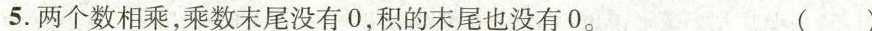
5.两个数相乘，乘数末尾没有0，积的末尾也没有0. ( )